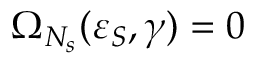
\Omega _ { N _ { s } } ( \varepsilon _ { S } , \gamma ) = 0